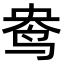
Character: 鸯